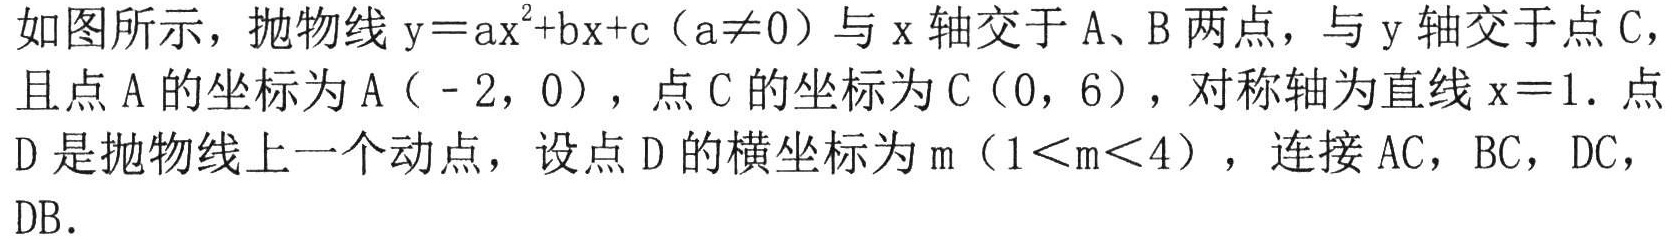
如图所示，抛物线\(y = ax^{2}+bx + c\)（\(a\neq0\)）与\(x\)轴交于\(A\)、\(B\)两点，与\(y\)轴交于点\(C\)，
且点\(A\)的坐标为\(A(-2,0)\)，点\(C\)的坐标为\(C(0,6)\)，对称轴为直线\(x = 1\). 点
\(D\)是抛物线上一个动点，设点\(D\)的横坐标为\(m\)（\(1<m<4\)），连接\(AC\)，\(BC\)，\(DC\)，
\(DB\).